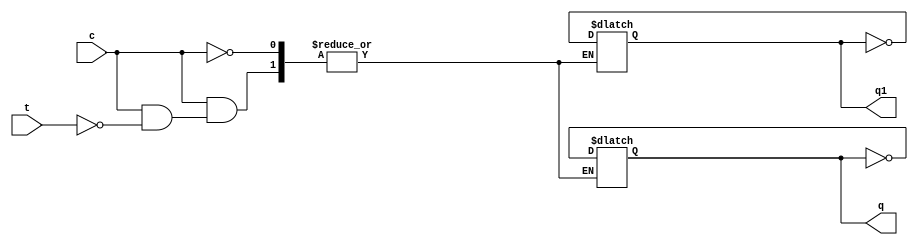
module t_flip_flop(q,q1,t,c);
	output q,q1;
	input t,c;
	reg q,q1;
	initial 
	   begin 
		q=1'b1;
		q1=1'b0;
	   end
	 always @ (c)
		begin
			if(c)
				 begin
				   if (t==1'b0) begin 
				   		q=q; q1=q1; 
				   end
				   else begin 
				   		q=~q; q1=~q1; 
				   end
				 end
		 end
endmodule